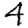
Digit: 4